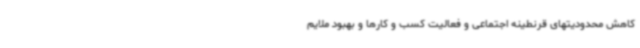
کاهش محدودیتهای قرنطینه اجتماعی و فعالیت کسب و کارها و بهبود ملایم